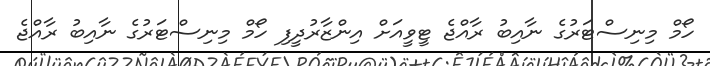
ހޯމް މިނިސްޓަރުގެ ނާއިބު ރާއްޖެ ޓީވީއަށް އިންޒާރުދީފި ހޯމް މިނިސްޓަރުގެ ނާއިބު ރާއްޖެ